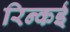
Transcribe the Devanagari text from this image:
रिन्कई